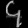
Digit: ၄